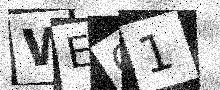
Text: WEO1